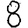
Digit: 8